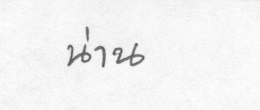
น่าน